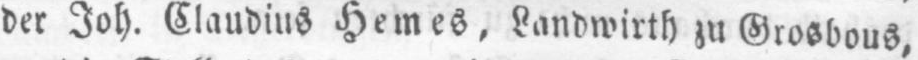
der Joh. Claudius Hemes, Landwirth zu Grosbous,